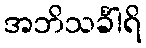
အဘိသင်္ခါရိ